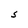
Character: S